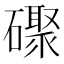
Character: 𪿼